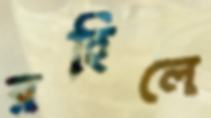
রহিলে